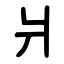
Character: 爿